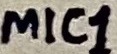
Text: MIC1